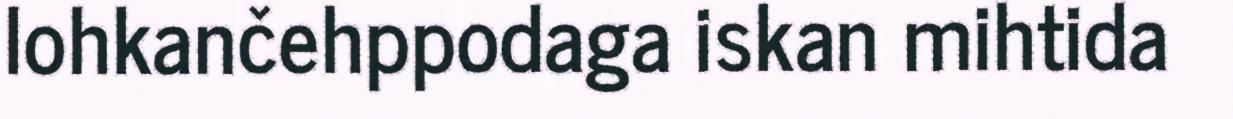
lohkančehppodaga iskan mihtida